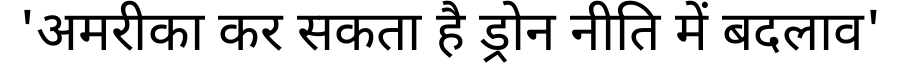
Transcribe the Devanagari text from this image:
'अमरीका कर सकता है ड्रोन नीति में बदलाव'